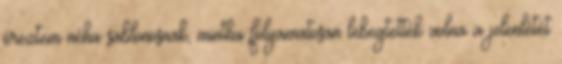
éreztem néha sablonosnak, mintha folyamatosan lebegtették volna a jelenlétét